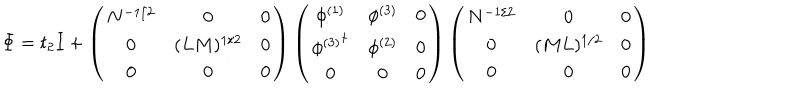
\Phi = t _ { 2 } I + \left( \begin{matrix} { { N ^ { - 1 / 2 } } } & { { 0 } } & { { 0 } } \\ { { 0 } } & { { ( L M ) ^ { 1 / 2 } } } & { { 0 } } \\ { { 0 } } & { { 0 } } & { { 0 } } \\ \end{matrix} \right) \left( \begin{matrix} { { \phi ^ { ( 1 ) } } } & { { \phi ^ { ( 3 ) } } } & { { 0 } } \\ { { { \phi ^ { ( 3 ) } } ^ { \dagger } } } & { { \phi ^ { ( 2 ) } } } & { { 0 } } \\ { { 0 } } & { { 0 } } & { { 0 } } \\ \end{matrix} \right) \left( \begin{matrix} { { N ^ { - 1 / 2 } } } & { { 0 } } & { { 0 } } \\ { { 0 } } & { { ( M L ) ^ { 1 / 2 } } } & { { 0 } } \\ { { 0 } } & { { 0 } } & { { 0 } } \\ \end{matrix} \right)